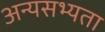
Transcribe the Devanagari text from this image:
अन्यसभ्यता